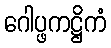
ဂေါပ္ဖကဋ္ဌိကံ